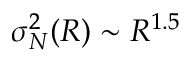
\sigma _ { N } ^ { 2 } ( R ) \sim R ^ { 1 . 5 }